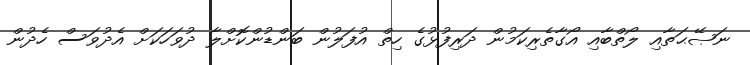
ނަޞޭޙަތާއި ލޯތްބާއި އޯގާތެރިކަމުން ދަރިފުޅުގެ ހިތް އުފަލުން ބަންޑުންކޮށްލާ ދުވަހަކަށް އެދުވަސް ހެދުން